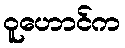
ဝူဟောင်က